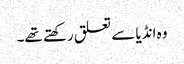
وہ انڈیا سے تعلق رکھتے تھے۔